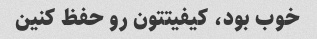
خوب بود، کیفیتتون رو حفظ کنین